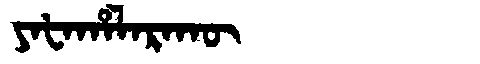
Manchu: ᠶᠠᡶᠠᡥᠠᠯᠠᡵᠠᡴᡡ
Romanization: YAFAHALARAKŪ